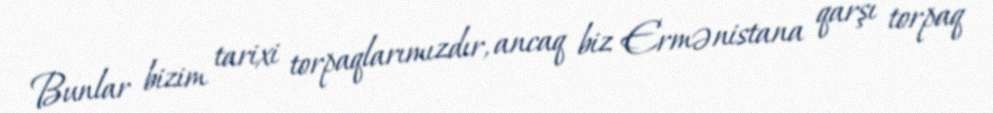
Bunlar bizim tarixi torpaqlarımızdır, ancaq biz Ermənistana qarşı torpaq